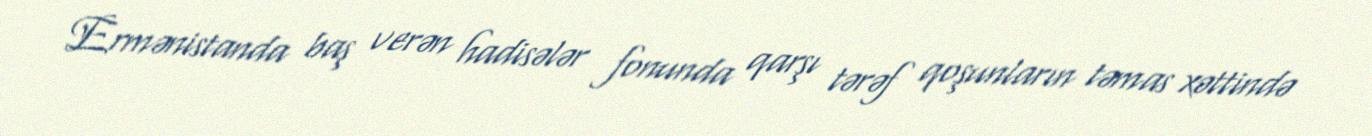
Ermənistanda baş verən hadisələr fonunda qarşı tərəf qoşunların təmas xəttində